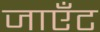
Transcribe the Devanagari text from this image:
जाएँट